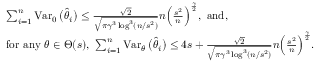
\begin{array} { r l } & { \sum _ { i = 1 } ^ { n } \operatorname { V a r } _ { 0 } \big ( \widehat \theta _ { i } \big ) \leq \frac { \sqrt { 2 } } { \sqrt { \pi \gamma ^ { 3 } \log ^ { 3 } ( n / s ^ { 2 } ) } } n \Big ( \frac { s ^ { 2 } } { n } \Big ) ^ { \frac { \gamma } { 2 } } , \mathrm { ~ a n d , } } \\ & { \mathrm { f o r ~ a n y ~ } \theta \in \Theta ( s ) , \ \sum _ { i = 1 } ^ { n } \operatorname { V a r } _ { \theta } \big ( \widehat \theta _ { i } \big ) \leq 4 s + \frac { \sqrt { 2 } } { \sqrt { \pi \gamma ^ { 3 } \log ^ { 3 } ( n / s ^ { 2 } ) } } n \Big ( \frac { s ^ { 2 } } { n } \Big ) ^ { \frac { \gamma } { 2 } } . } \end{array}